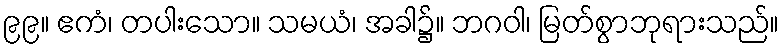
၉၉။ ဧကံ၊ တပါးသော။ သမယံ၊ အခါ၌။ ဘဂဝါ၊ မြတ်စွာဘုရားသည်။